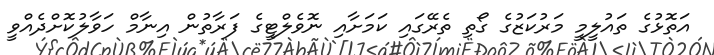
އަތޮޅުގެ ތައުލީމީ މަރުކަޒުގެ ގޯތި ތެރޭގައި ކަމަށާއި ނޮވެލްޓީގެ ފަރާތުން އިނާމް ހަވާލުކޮށްދެއްވީ